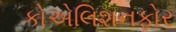
કોએલિશનફોર